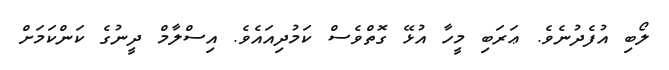
ލޯބި އުފެދުނެވެ. ޢަރަބި މީހާ އުޅޭ ގޮތްވެސް ކަމުދިއައެވެ. އިސްލާމް ދީނުގެ ކަންކަމަށް